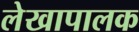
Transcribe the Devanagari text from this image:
लेखापालक